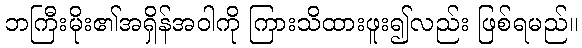
ဘကြီးမိုး၏အရှိန်အဝါကို ကြားသိထားဖူး၍လည်း ဖြစ်ရမည်။